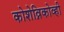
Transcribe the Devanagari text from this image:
कोशेव्निकोव्ही